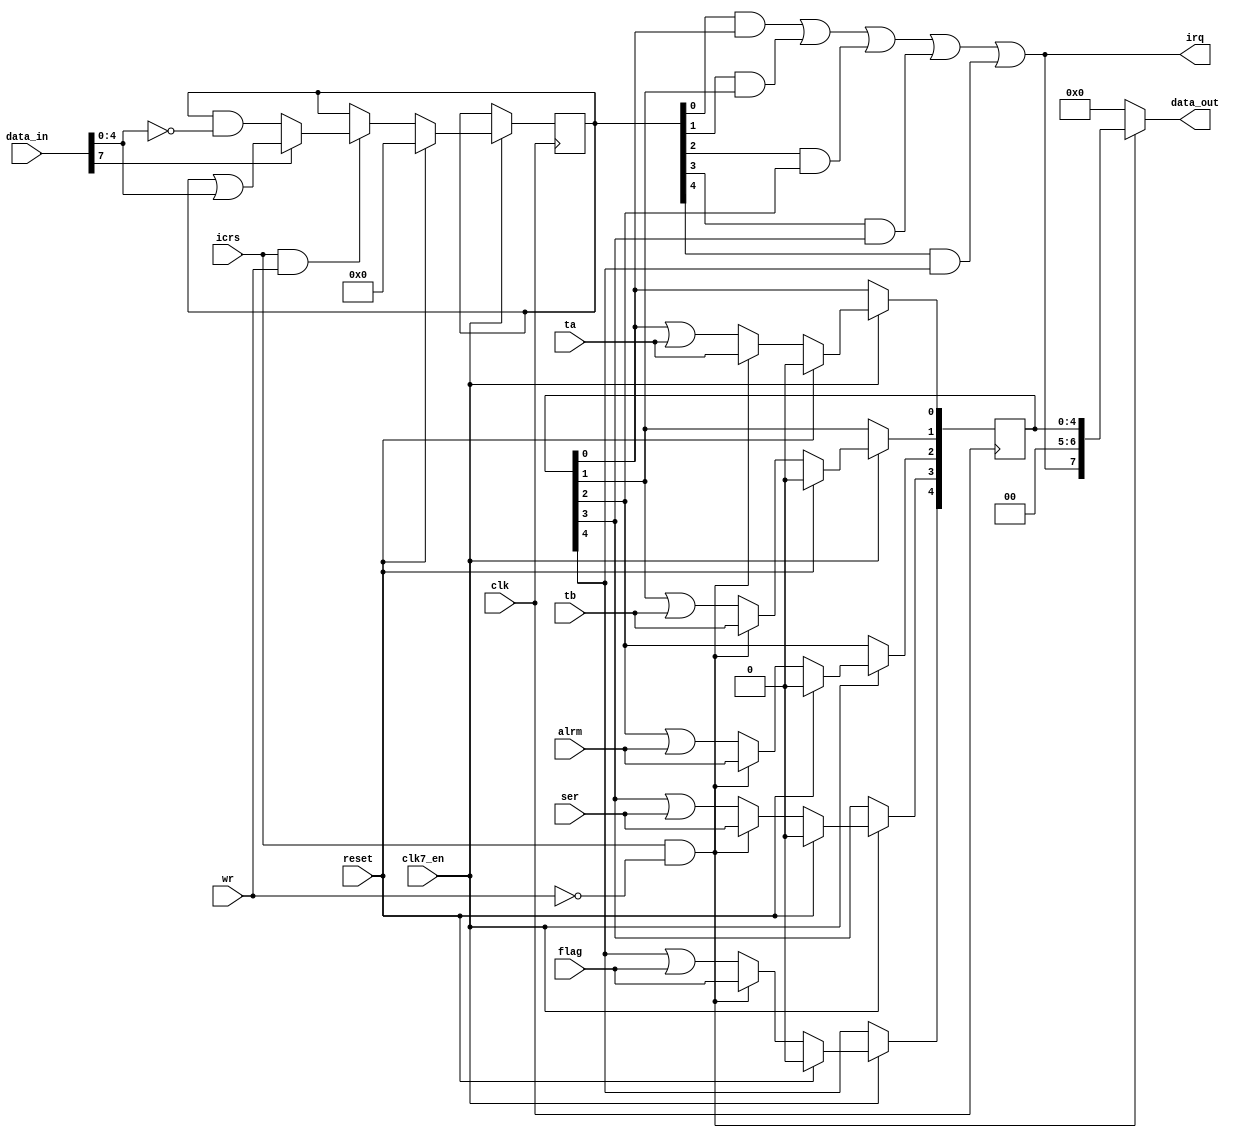
// -*- mode: verilog; mode: font-lock; indent-tabs-mode: nil -*-
// vi: set et ts=3 sw=3 sts=3:
//
// Copyright 2006, 2007 Dennis van Weeren
//
// This file is part of Minimig
//
// Minimig is free software; you can redistribute it and/or modify
// it under the terms of the GNU General Public License as published by
// the Free Software Foundation; either version 3 of the License, or
// (at your option) any later version.
//
// Minimig is distributed in the hope that it will be useful,
// but WITHOUT ANY WARRANTY; without even the implied warranty of
// MERCHANTABILITY or FITNESS FOR A PARTICULAR PURPOSE.  See the
// GNU General Public License for more details.
//
// You should have received a copy of the GNU General Public License
// along with this program.  If not, see <http:// www.gnu.org/licenses/>.

module cia_int
  (
   input  wire       clk,         // clock
   input  wire       clk7_en,
   input  wire       wr,          // write enable
   input  wire       reset,       // reset
   input  wire       icrs,        // intterupt control register select
   input  wire       ta,          // ta (set TA bit in ICR register)
   input  wire       tb,          // tb (set TB bit in ICR register)
   input  wire       alrm,        // alrm (set ALRM bit ICR register)
   input  wire       flag,        // flag (set FLG bit in ICR register)
   input  wire       ser,         // ser (set SP bit in ICR register)
   input  wire [7:0] data_in,     // bus data in
   output wire [7:0] data_out,    // bus data out
   output wire       irq          // intterupt out
   );

   reg [4:0]         icr = 5'd0;      // interrupt register
   reg [4:0]         icrmask = 5'd0;  // interrupt mask register

   // reading of interrupt data register
   assign data_out[7:0] = icrs && !wr ? {irq,2'b00,icr[4:0]} : 8'b0000_0000;

   // writing of interrupt mask register
   always @(posedge clk)
     if (clk7_en) begin
        if (reset)
          icrmask[4:0] <= 5'b0_0000;
        else if (icrs && wr)
          begin
             if (data_in[7])
               icrmask[4:0] <= icrmask[4:0] | data_in[4:0];
             else
               icrmask[4:0] <= icrmask[4:0] & (~data_in[4:0]);
          end
     end

   // register new interrupts and/or changes by user reads
   always @(posedge clk)
     if (clk7_en) begin
        if (reset)// synchronous reset
          icr[4:0] <= 5'b0_0000;
        else if (icrs && !wr)
          begin// clear latched intterupts on read
             icr[0] <= ta;      // timer a
             icr[1] <= tb;      // timer b
             icr[2] <= alrm;       // timer tod
             icr[3] <= ser;       // external ser input
             icr[4] <= flag;      // external flag input
          end
        else
          begin// keep latched intterupts
             icr[0] <= icr[0] | ta;    // timer a
             icr[1] <= icr[1] | tb;    // timer b
             icr[2] <= icr[2] | alrm;  // timer tod
             icr[3] <= icr[3] | ser;    // external ser input
             icr[4] <= icr[4] | flag;  // external flag input
          end
     end

   // generate irq output (interrupt request)
   assign irq = (icrmask[0] & icr[0]) |
                (icrmask[1] & icr[1]) |
                (icrmask[2] & icr[2]) |
                (icrmask[3] & icr[3]) |
                (icrmask[4] & icr[4]);

endmodule